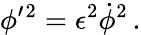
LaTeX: \phi^{\prime}{}^{2}=\epsilon^{2}{\dot{\phi}}^{2}\, .